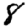
Digit: 8